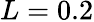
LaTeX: L=0.2